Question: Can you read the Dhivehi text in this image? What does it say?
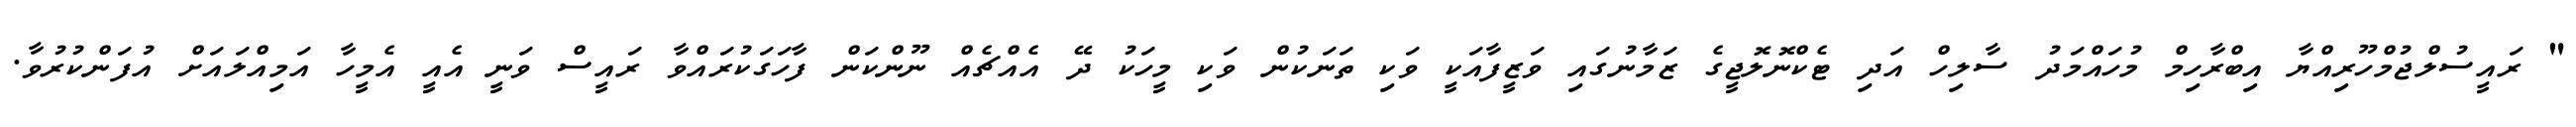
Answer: " ރައީސުލްޖުމްހޫރިއްޔާ އިބްރާހިމް މުހައްމަދު ސާލިހް އަދި ޓެކްނޮލޮޖީގެ ޒަމާނުގައި ވަޒީފާއަކީ ވަކި ތަނަކުން ވަކި މީހަކު ދޭ އެއްޗެއް ނޫންކަން ފާހަގަކުރައްވާ ރައީސް ވަނީ އެއީ އެމީހާ އަމިއްލައަށް އުފަންކުރުވާ.